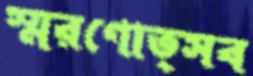
স্মরণোত্সব